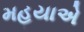
મહયાએ